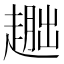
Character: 𬦕